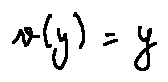
v ( y ) = y